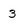
Character: 3